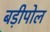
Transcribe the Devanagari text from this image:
बड़ीपोल